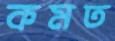
কমত